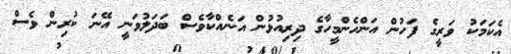
އެކަމަކު ވަރީގެ ފަހުން އަންހެންމީހާގެ ދިރިއުޅުން އަނެއްކާވެސް ބަދަލުވަނީ އޭނަ ކުރިން ވެސް